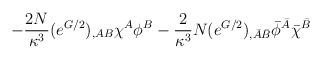
\begin{align*}- \frac{2N}{\kappa^3} (e^{G/2})_{,AB} \chi^A\phi^B - \frac{2}{\kappa^3} N (e^{G/2})_{,\bar A \bar B} \bar\phi^{\bar A}\bar\chi^{\bar B}\end{align*}